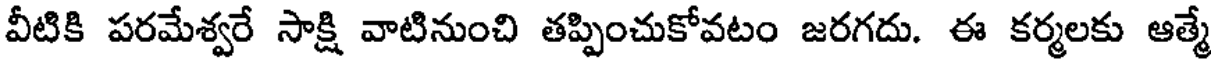
వీటికి పరమేశ్వరే సాక్షి వాటినుంచి తప్పించుకోవటం జరగదు. ఈ కర్మలకు ఆత్మే